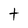
Character: t